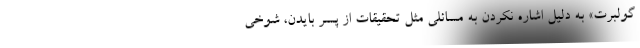
گولبرت» به دلیل اشاره نکردن به مسائلی مثل تحقیقات از پسر بایدن، شوخی